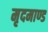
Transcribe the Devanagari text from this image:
मृदमाण्ड